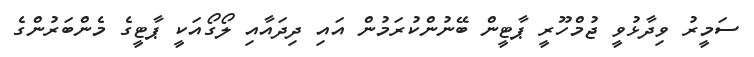
ސަމީރު ވިދާޅުވީ ޖުމްހޫރީ ޕާޓީން ބޭނުންކުރަމުން އައި ދިދައާއި ލޯގޯއަކީ ޕާޓީގެ މެންބަރުންގެ